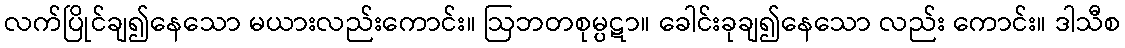
လက်ပြိုင်ချ၍နေသော မယားလည်းကောင်း။ ဩဘတစုမ္ပဋာ။ ခေါင်းခုချ၍နေသော လည်း ကောင်း။ ဒါသီစ